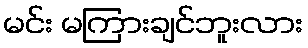
မင်း မကြားချင်ဘူးလား